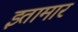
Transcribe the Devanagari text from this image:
इतामार